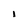
Character: I